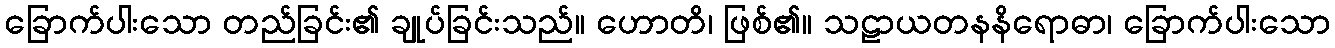
ခြောက်ပါးသော တည်ခြင်း၏ ချုပ်ခြင်းသည်။ ဟောတိ၊ ဖြစ်၏။ သဠာယတနနိရောဓာ၊ ခြောက်ပါးသော